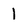
Character: 1